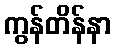
ကွန်တိန်နာ